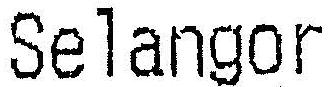
SELANGOR